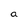
Character: a